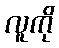
လူကို